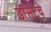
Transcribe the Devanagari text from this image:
डॉर्सेटचे